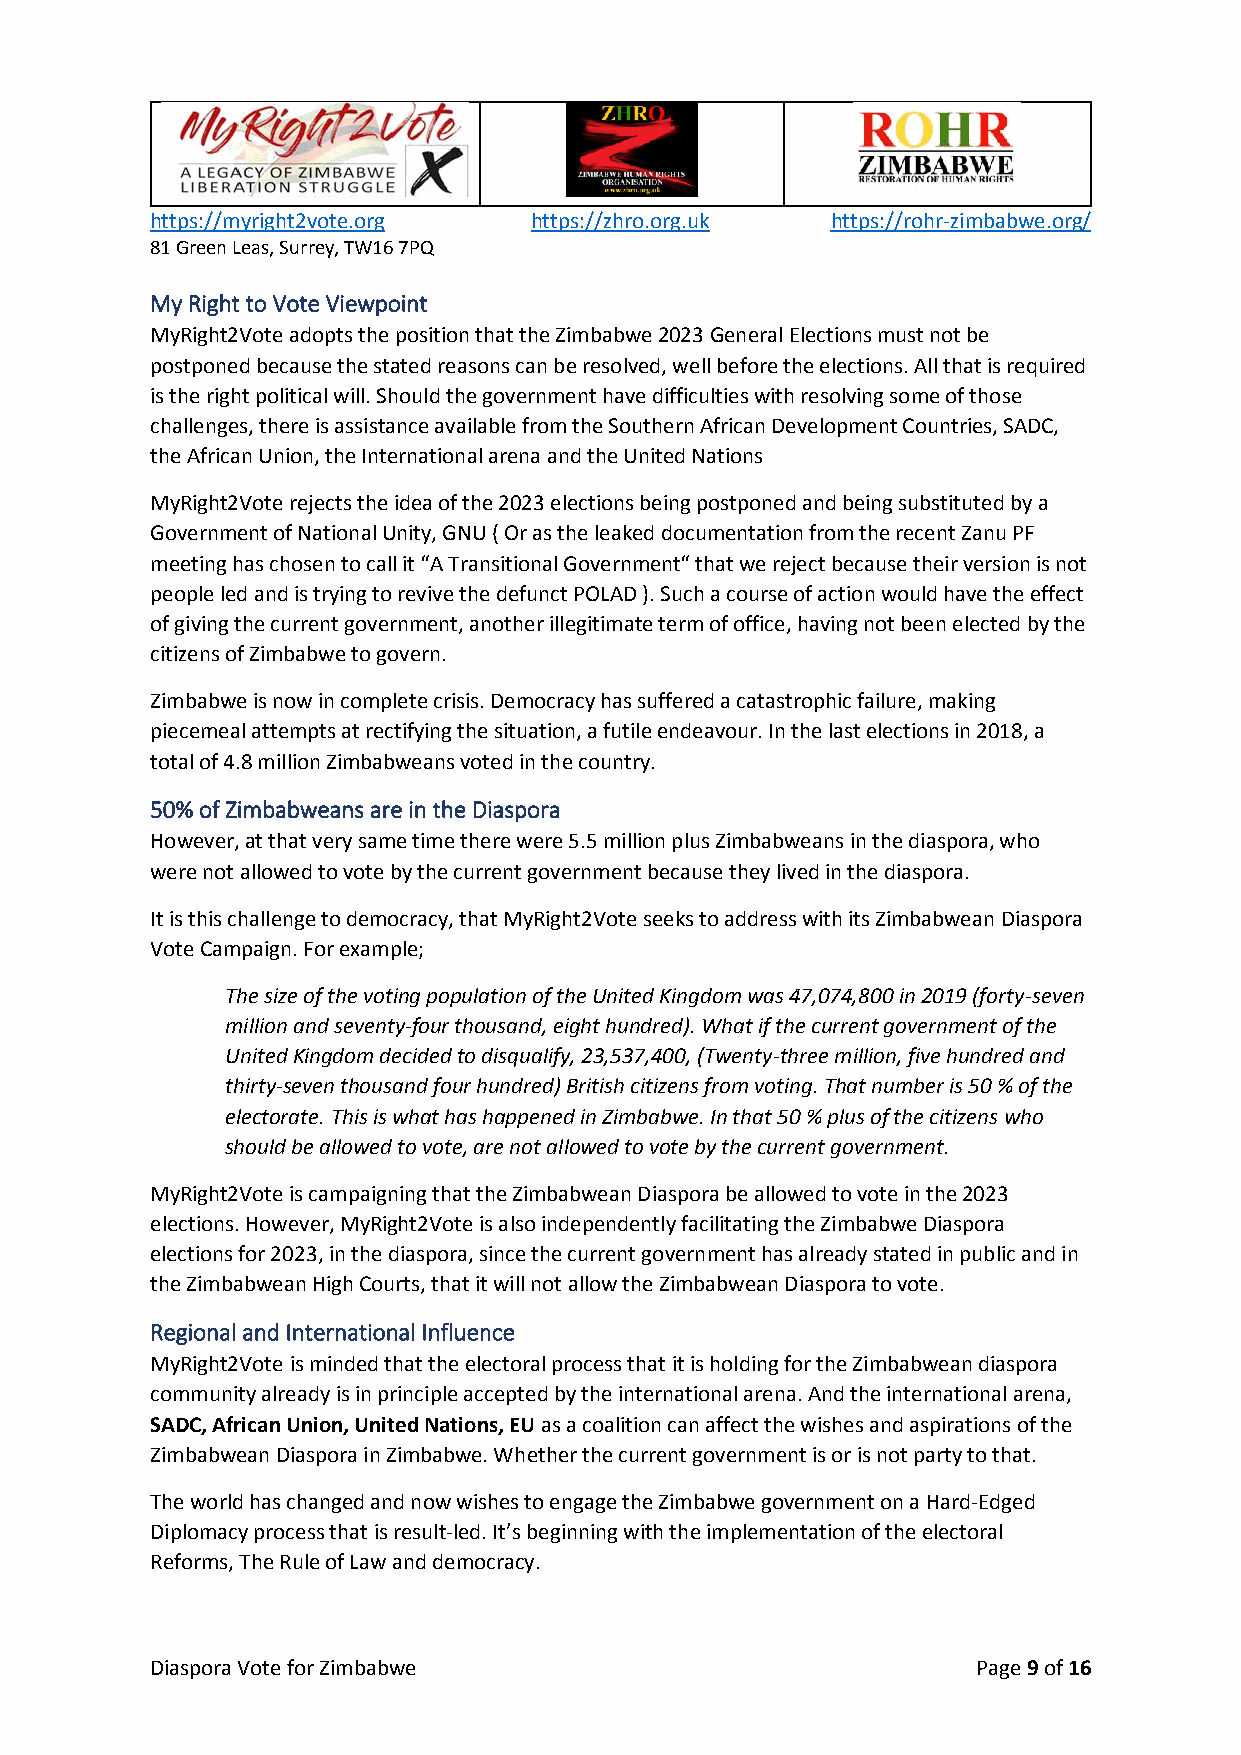
https://myright2vote.org https://zhro.org.uk https://rohr-zimbabwe.org/
 81 Green Leas, Surrey, TW16 7PQ
 My Right to Vote Viewpoint
 MyRight2Vote adopts the position that the Zimbabwe 2023 General Elections must not be
 postponed because the stated reasons can be resolved, well before the elections. All that is required
 is the right political will. Should the government have difficulties with resolving some of those
 challenges, there is assistance available from the Southern African Development Countries, SADC,
 the African Union, the International arena and the United Nations
 MyRight2Vote rejects the idea of the 2023 elections being postponed and being substituted by a
 Government of National Unity, GNU ( Or as the leaked documentation from the recent Zanu PF
 meeting has chosen to call it “A Transitional Government“ that we reject because their version is not
 people led and is trying to revive the defunct POLAD ). Such a course of action would have the effect
 of giving the current government, another illegitimate term of office, having not been elected by the
 citizens of Zimbabwe to govern.
 Zimbabwe is now in complete crisis. Democracy has suffered a catastrophic failure, making
 piecemeal attempts at rectifying the situation, a futile endeavour. In the last elections in 2018, a
 total of 4.8 million Zimbabweans voted in the country.
 50% of Zimbabweans are in the Diaspora
 However, at that very same time there were 5.5 million plus Zimbabweans in the diaspora, who
 were not allowed to vote by the current government because they lived in the diaspora.
 It is this challenge to democracy, that MyRight2Vote seeks to address with its Zimbabwean Diaspora
 Vote Campaign. For example;
 The size of the voting population of the United Kingdom was 47,074,800 in 2019 (forty-seven
 million and seventy-four thousand, eight hundred). What if the current government of the
 United Kingdom decided to disqualify, 23,537,400, (Twenty-three million, five hundred and
 thirty-seven thousand four hundred) British citizens from voting. That number is 50 % of the
 electorate. This is what has happened in Zimbabwe. In that 50 % plus of the citizens who
 should be allowed to vote, are not allowed to vote by the current government.
 MyRight2Vote is campaigning that the Zimbabwean Diaspora be allowed to vote in the 2023
 elections. However, MyRight2Vote is also independently facilitating the Zimbabwe Diaspora
 elections for 2023, in the diaspora, since the current government has already stated in public and in
 the Zimbabwean High Courts, that it will not allow the Zimbabwean Diaspora to vote.
 Regional and International Influence
 MyRight2Vote is minded that the electoral process that it is holding for the Zimbabwean diaspora
 community already is in principle accepted by the international arena. And the international arena,
 SADC, African Union, United Nations, EU as a coalition can affect the wishes and aspirations of the
 Zimbabwean Diaspora in Zimbabwe. Whether the current government is or is not party to that.
 The world has changed and now wishes to engage the Zimbabwe government on a Hard-Edged
 Diplomacy process that is result-led. It’s beginning with the implementation of the electoral
 Reforms, The Rule of Law and democracy.
 Diaspora Vote for Zimbabwe                             Page 9 of 16